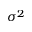
\sigma ^ { 2 }